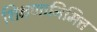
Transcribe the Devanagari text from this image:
शिक्षणानिमित्त